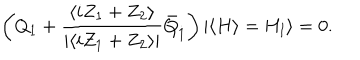
LaTeX: \left( Q _ { 1 } + \frac { \langle i Z _ { 1 } + Z _ { 2 } \rangle } { | \langle i Z _ { 1 } + Z _ { 2 } \rangle | } \bar { Q } _ { \dot { 1 } } \right) | \langle H \rangle = H _ { \mathrm { I } } \rangle = 0 .